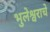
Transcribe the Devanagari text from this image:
भुलेश्वराचे